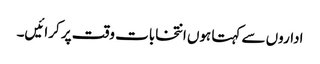
اداروں سے کہتا ہوں انتخابات وقت پر کرائیں۔